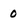
Character: 0